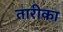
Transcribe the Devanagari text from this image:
तारीका